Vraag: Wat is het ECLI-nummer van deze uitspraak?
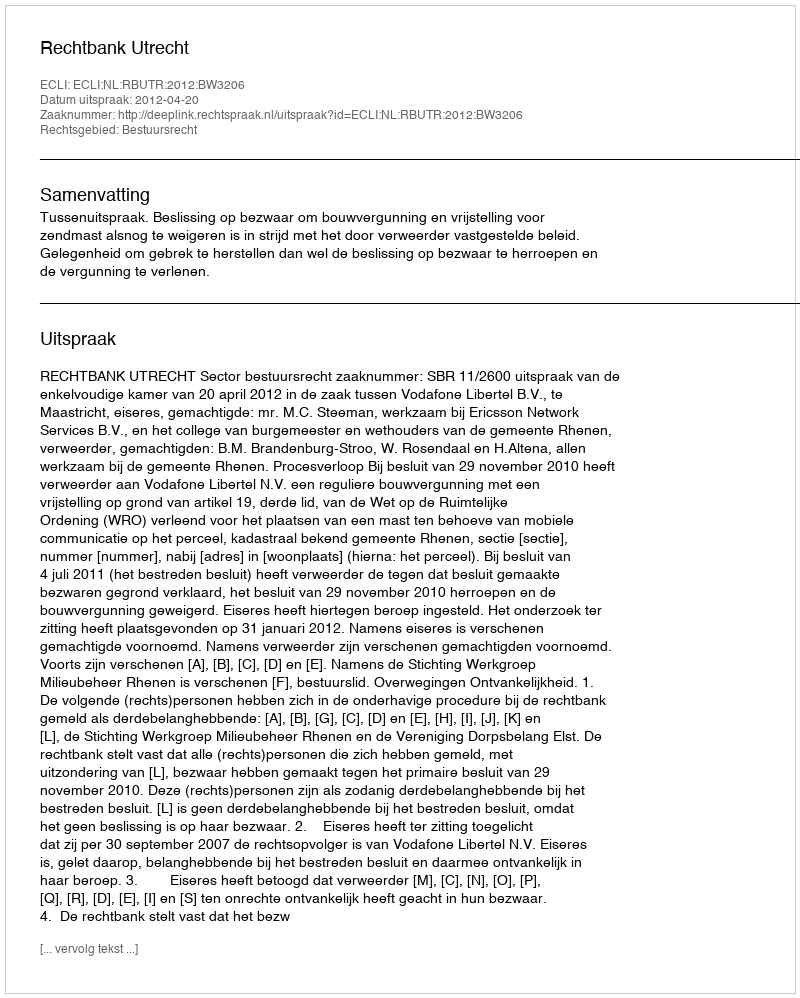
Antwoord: ECLI:NL:RBUTR:2012:BW3206